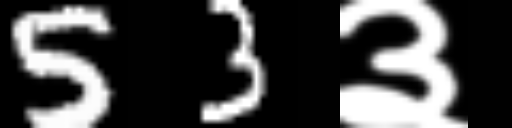
Text: 53३